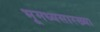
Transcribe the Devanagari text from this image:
भूमध्यसारख्या